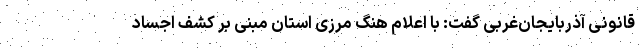
قانونی آذربایجان‌غربی گفت: با اعلام هنگ مرزی استان مبنی بر کشف اجساد